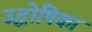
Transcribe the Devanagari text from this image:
उद्धोषिका